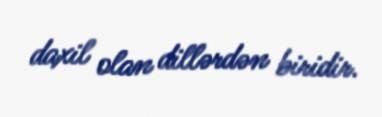
daxil olan dillərdən biridir.